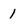
Character: 1